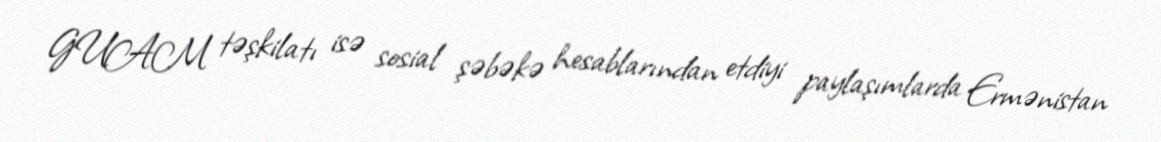
GUAM təşkilatı isə sosial şəbəkə hesablarından etdiyi paylaşımlarda Ermənistan